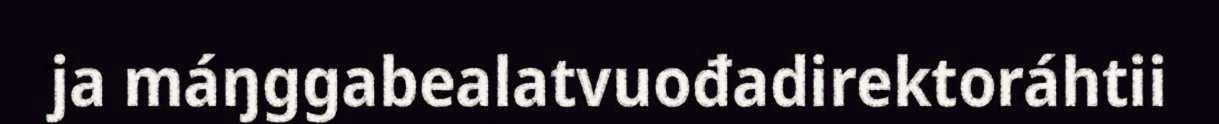
ja máŋggabealatvuođadirektoráhtii